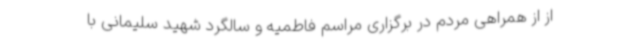
از از همراهی مردم در برگزاری مراسم فاطمیه و سالگرد شهید سلیمانی با